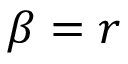
\beta = r